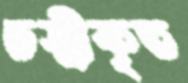
ভস্মীকৃত